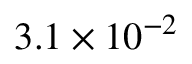
3 . 1 \times 1 0 ^ { - 2 }